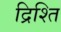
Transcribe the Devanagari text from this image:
द्रिश्ति